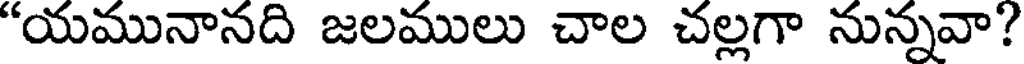
"యమునానది జలములు చాల చల్లగా నున్నవా?